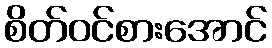
စိတ်ဝင်စားအောင်